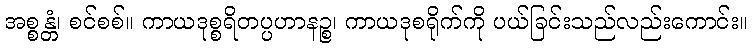
အစ္စန္တံ၊ စင်စစ်။ ကာယဒုစ္စရိတပ္ပဟာနဉ္စ၊ ကာယဒုစရိုက်ကို ပယ်ခြင်းသည်လည်းကောင်း။